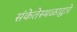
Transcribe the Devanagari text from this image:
संकेतेस्थळाद्वारे